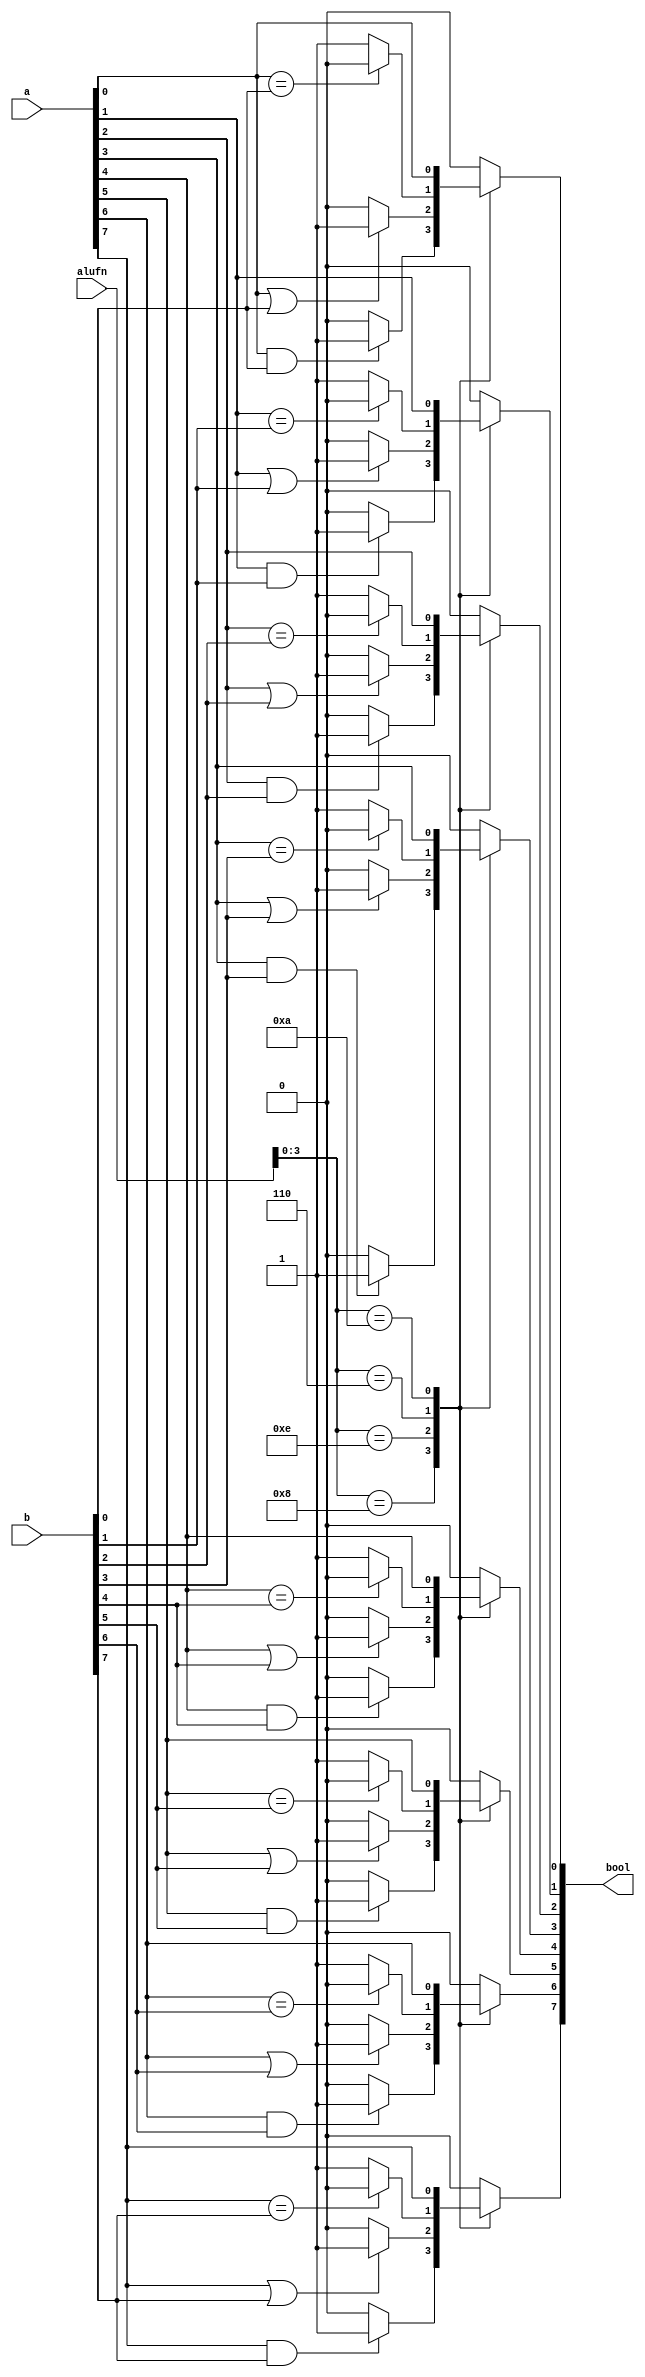
module boolean_26 (
    input [7:0] a,
    input [7:0] b,
    input [5:0] alufn,
    output reg [7:0] bool
  );
  
  
  
  integer i;
  
  always @* begin
    
    case (alufn[0+3-:4])
      4'h8: begin
        for (i = 1'h0; i < 4'h8; i = i + 1) begin
          if (a[(i)*1+0-:1] == 1'h1 && b[(i)*1+0-:1] == 1'h1) begin
            bool[(i)*1+0-:1] = 1'h1;
          end else begin
            bool[(i)*1+0-:1] = 1'h0;
          end
        end
      end
      4'he: begin
        for (i = 1'h0; i < 4'h8; i = i + 1) begin
          if (a[(i)*1+0-:1] == 1'h1 || b[(i)*1+0-:1] == 1'h1) begin
            bool[(i)*1+0-:1] = 1'h1;
          end else begin
            bool[(i)*1+0-:1] = 1'h0;
          end
        end
      end
      4'h6: begin
        for (i = 1'h0; i < 4'h8; i = i + 1) begin
          if (a[(i)*1+0-:1] == b[(i)*1+0-:1]) begin
            bool[(i)*1+0-:1] = 1'h0;
          end else begin
            bool[(i)*1+0-:1] = 1'h1;
          end
        end
      end
      4'ha: begin
        for (i = 1'h0; i < 4'h8; i = i + 1) begin
          bool[(i)*1+0-:1] = a[(i)*1+0-:1];
        end
      end
      default: begin
        bool = 8'h00;
      end
    endcase
  end
endmodule